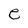
Character: e